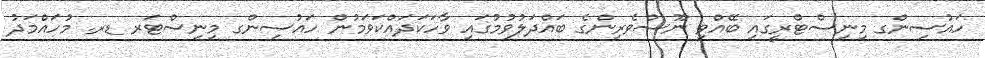
ހައުސިންގ މިނިސްޓްރީގައި ބޭއްވި ނޫސްވެރިންގެ ބައްދަލުވުމުގައި ވާހަކަދައްކަވަމުން ހައުސިންގ މިނިސްޓަރ ޑރ. މުހައްމަދު